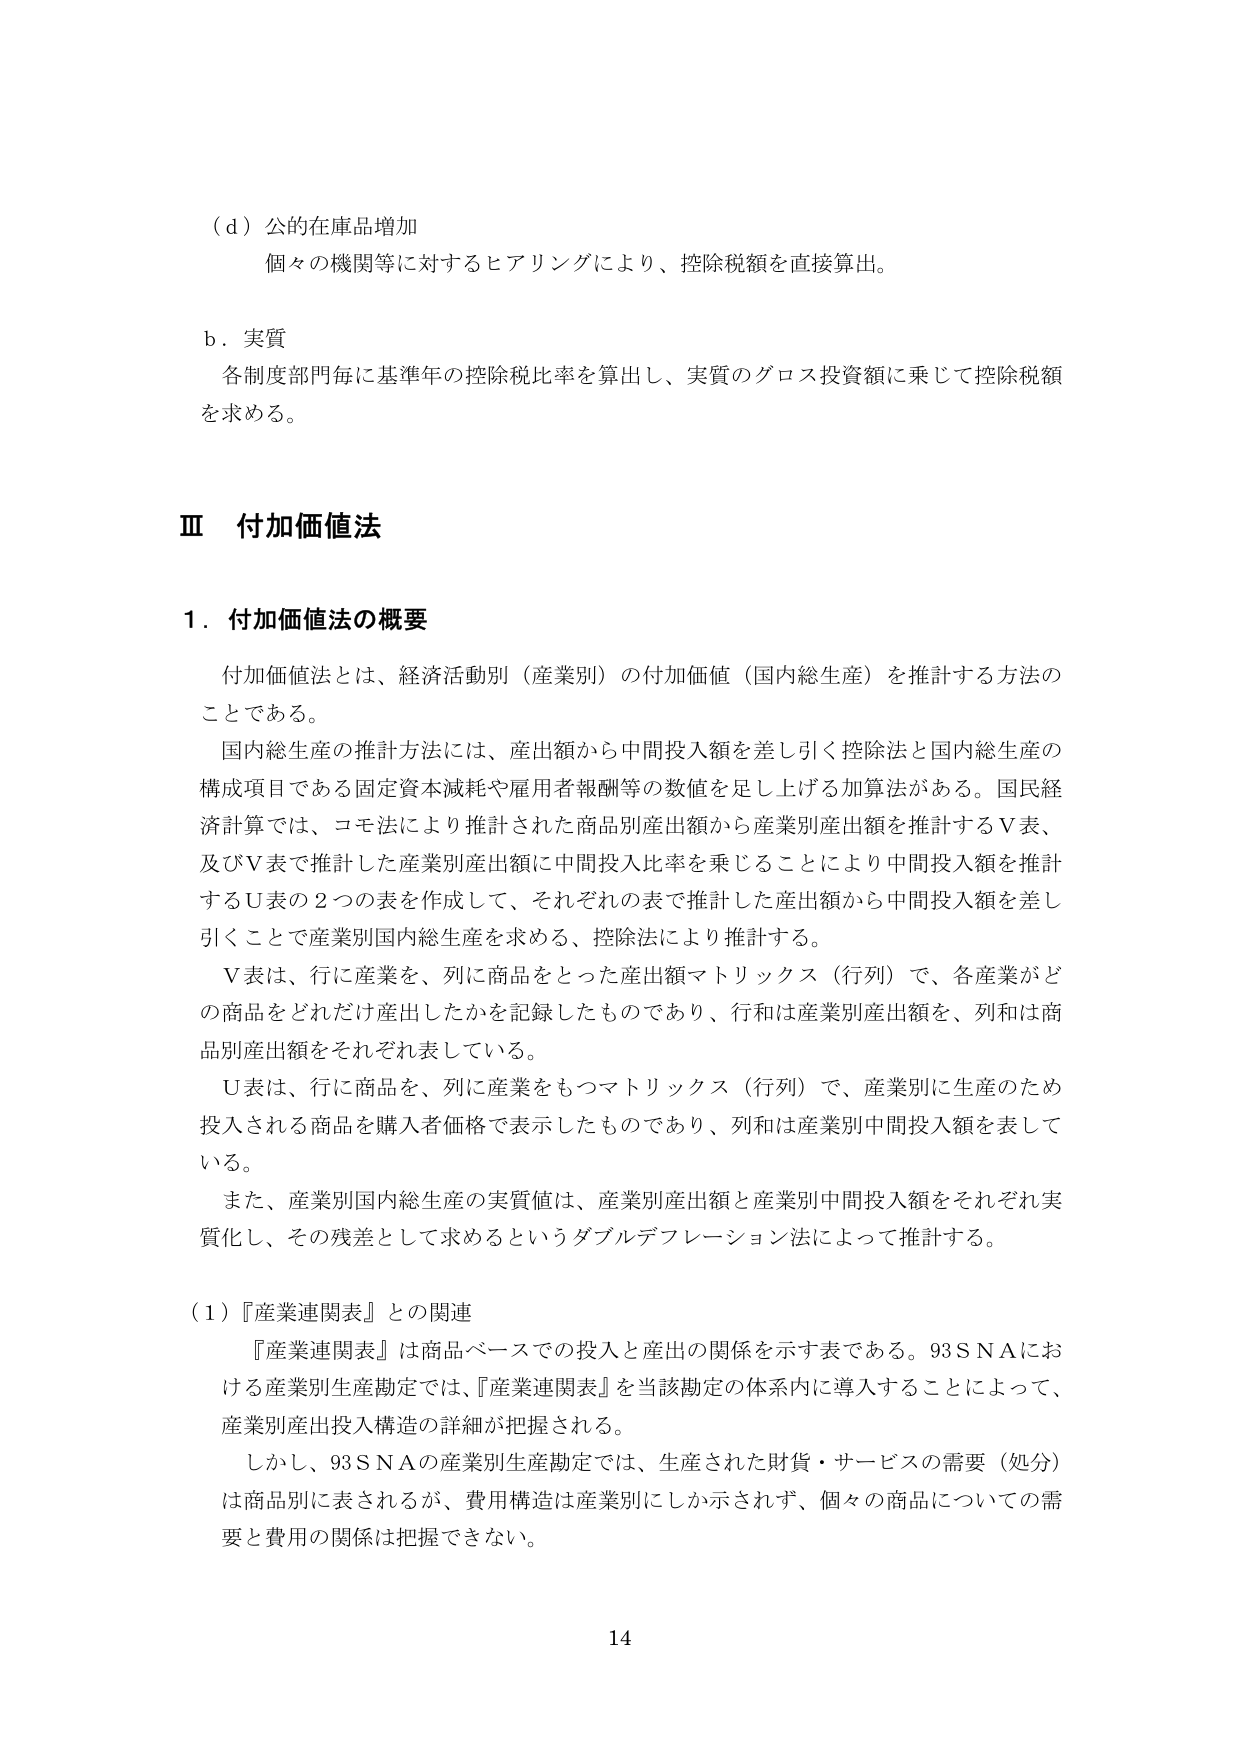
（ｄ）公的在庫品増加
個々の機関等に対するヒアリングにより、控除税額を直接算出。

ｂ．実質
各制度部門毎に基準年の控除税比率を算出し、実質のグロス投資額に乗じて控除税額を求める。

Ⅲ 付加価値法

１．付加価値法の概要
付加価値法とは、経済活動別（産業別）の付加価値（国内総生産）を推計する方法のことである。
国内総生産の推計方法には、産出額から中間投入額を差し引く控除法と国内総生産の構成項目である固定資本減耗や雇用者報酬等の数値を足し上げる加算法がある。国民経済計算では、コモ法により推計された商品別産出額から産業別産出額を推計するＶ表、及びＶ表で推計した産業別産出額に中間投入比率を乗じることにより中間投入額を推計するＵ表の２つの表を作成して、それぞれの表で推計した産出額から中間投入額を差し引くことで産業別国内総生産を求める、控除法により推計する。
Ｖ表は、行に産業を、列に商品をとった産出額マトリックス（行列）で、各産業がどの商品をどれだけ産出したかを記録したものであり、行和は産業別産出額を、列和は商品別産出額をそれぞれ表している。
Ｕ表は、行に商品を、列に産業をもつマトリックス（行列）で、産業別に生産のため投入される商品を購入者価格で表示したものであり、列和は産業別中間投入額を表している。
また、産業別国内総生産の実質値は、産業別産出額と産業別中間投入額をそれぞれ実質化し、その残差として求めるというダブルデフレーション法によって推計する。

（１）『産業連関表』との関連
『産業連関表』は商品ベースでの投入と産出の関係を示す表である。93ＳＮＡにおける産業別生産勘定では、『産業連関表』を当該勘定の体系内に導入することによって、産業別産出投入構造の詳細が把握される。
しかし、93ＳＮＡの産業別生産勘定では、生産された財貨・サービスの需要（処分）は商品別に表されるが、費用構造は産業別にしか示されず、個々の商品についての需要と費用の関係は把握できない。

14